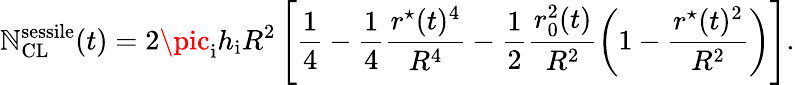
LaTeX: \mathbb{N}_{\mathrm{{CL}}}^{\mathrm{{sessile}}}(t)=2\pic_{\mathrm{{i}}}h_{\mathrm{{i}}}R^{2}\left[\frac{{1}}{{4}}-\frac{{1}}{{4}}\frac{{r^{\star}(t)^{4}}}{{R^{4}}}-\frac{{1}}{{2}}\frac{{r_{0}^{2}(t)}}{{R^{2}}}\left(1-\frac{{r^{\star}(t)^{2}}}{{R^{2}}}\right)\right].